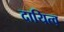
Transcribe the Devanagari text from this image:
दायित्‍व